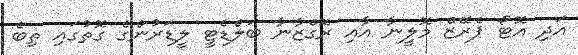
އަދި އޮޓޯ ޕެރޭޒް މޮލީނާ އާއި ރޮގްޒާނާ ބަލްޑެޓީ ލީޑަރުންގެ ގޮތުގައި ތިބެ